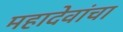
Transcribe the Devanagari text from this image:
महादेवांचा